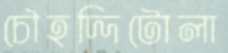
চৌহদ্দিটোলা